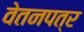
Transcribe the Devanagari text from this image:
वेतनपत्र